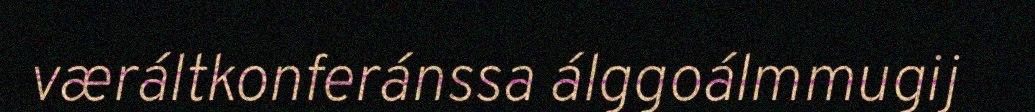
væráltkonferánssa álggoálmmugij